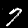
Digit: 7